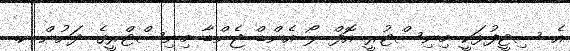
އެ ސިޓީފުޅަކީ މިނިސްޓުރީ އޮފް ލޯ އެންޑް ޖެންޑާ މިނިސްޓްރީގެ ދަށުން ކ.